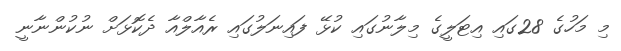
މި މަހުގެ 28ގައި އިޓަލީގެ މިލާނުގައި ކުޅޭ ފައިނަލުގައި ރެއާލްއާ ދެކޮޅަށް ނުކުންނާނީ